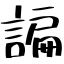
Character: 諞